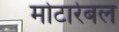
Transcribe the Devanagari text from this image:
मोटारेबल